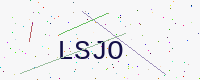
Text: LSJO